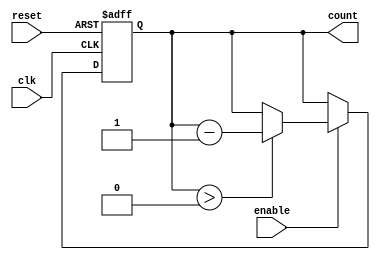
module binary_down_counter (
    input wire clk,            // Clock input
    input wire reset,          // Asynchronous reset
    input wire enable,         // Enable signal
    output reg [N-1:0] count   // Output count value (N bits)
);
    parameter N = 3;           // Number of bits for the counter (3-bit counter)

    // Asynchronous reset and counting logic
    always @(posedge clk or posedge reset) begin
        if (reset) begin
            count <= (1 << N) - 1; // Load maximum value (2^N - 1)
        end else if (enable) begin
            if (count > 0) begin
                count <= count - 1; // Decrement count
            end
            // If count is already 0, it remains 0
        end
    end
endmodule